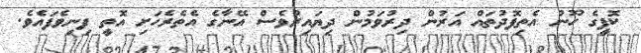
ކޮފީގެ ހޫނު އެތިފޮދުތައް އަރުން ދިރުވަމުން ދިޔައިރުވެސް އޭނާގެ އެތެރެހަށި އޮތީ ފިނިވެފައެވެ.